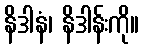
နိဒါနံ၊ နိဒါန်းကို။